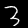
Label: 3